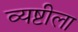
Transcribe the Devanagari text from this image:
व्यष्टीला